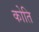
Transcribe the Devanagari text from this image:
कोति